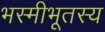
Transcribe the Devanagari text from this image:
भस्मीभूतस्य